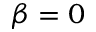
\beta = 0